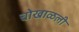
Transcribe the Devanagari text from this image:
चोखाळली